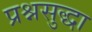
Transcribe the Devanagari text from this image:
प्रश्नसुद्धा